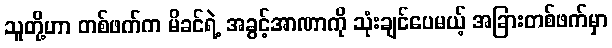
သူတို့ဟာ တစ်ဖက်က မိခင်ရဲ့ အခွင့်အာဏာကို သုံးချင်ပေမယ့် အခြားတစ်ဖက်မှာ